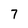
Character: 7